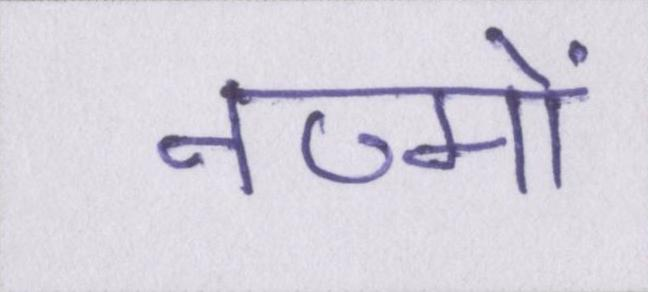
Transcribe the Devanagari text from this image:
नज्मों